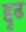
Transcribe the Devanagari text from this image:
द्दृढ